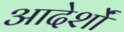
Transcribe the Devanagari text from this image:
आदेर्शों